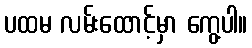
ပထမ လမ်းထောင့်မှာ ကွေ့ပါ။